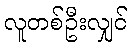
လူတစ်ဦးလျှင်